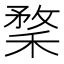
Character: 𥠪